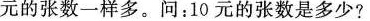
元的张数一样多。问：10元的张数是多少?